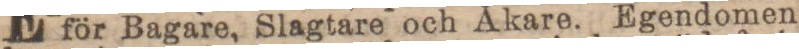
för Bagare, Slagtare och Åkare. Egendomen